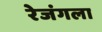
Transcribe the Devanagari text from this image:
रेजंगला